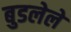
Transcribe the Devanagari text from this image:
बुडलेले